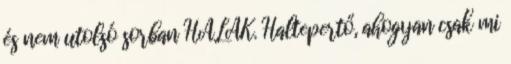
és nem utolsó sorban HALAK. Haltepertő, ahogyan csak mi